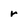
Character: r